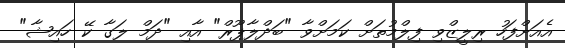
އެއަށްފަހު ރިލީޒްވި ފިލްމުތަށް ކަމަށްވާ "ބަދްލާޕޫރް" އާއި "ދަމް ލަގާ ކޭ ހައިޝާ"